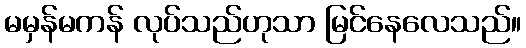
မမှန်မကန် လုပ်သည်ဟုသာ မြင်နေလေသည်။